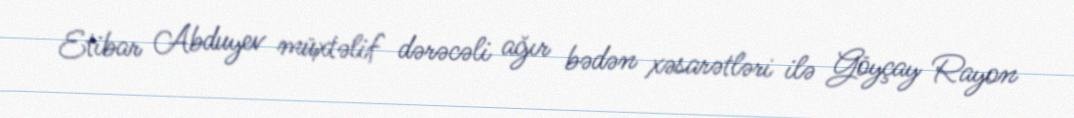
Etibar Abduyev müxtəlif dərəcəli ağır bədən xəsarətləri ilə Göyçay Rayon